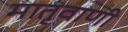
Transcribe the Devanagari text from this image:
मातृवाणी